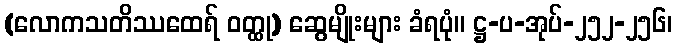
(လောကသတိဿထေရ် ဝတ္ထု) ဆွေမျိုးများ ခံရပုံ။ ဋ္ဌ-ပ-အုပ်-၂၅၂-၂၅၆၊